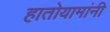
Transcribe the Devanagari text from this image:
हातोयामांनी